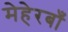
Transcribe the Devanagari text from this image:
मेहेरबाँ